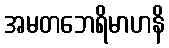
အမတဘေရိမာဟနိ